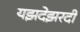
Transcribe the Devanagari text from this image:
यझदेझरदी